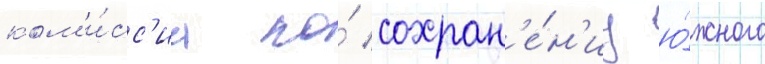
ком'и́сс'иа по́ сохран'е́н'иу ю́жного